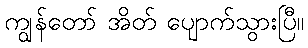
ကျွန်တော် အိတ် ပျောက်သွားပြီ။